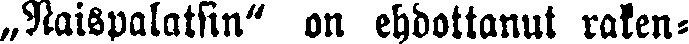
„Naispalatsin" on ehdottanut raken-